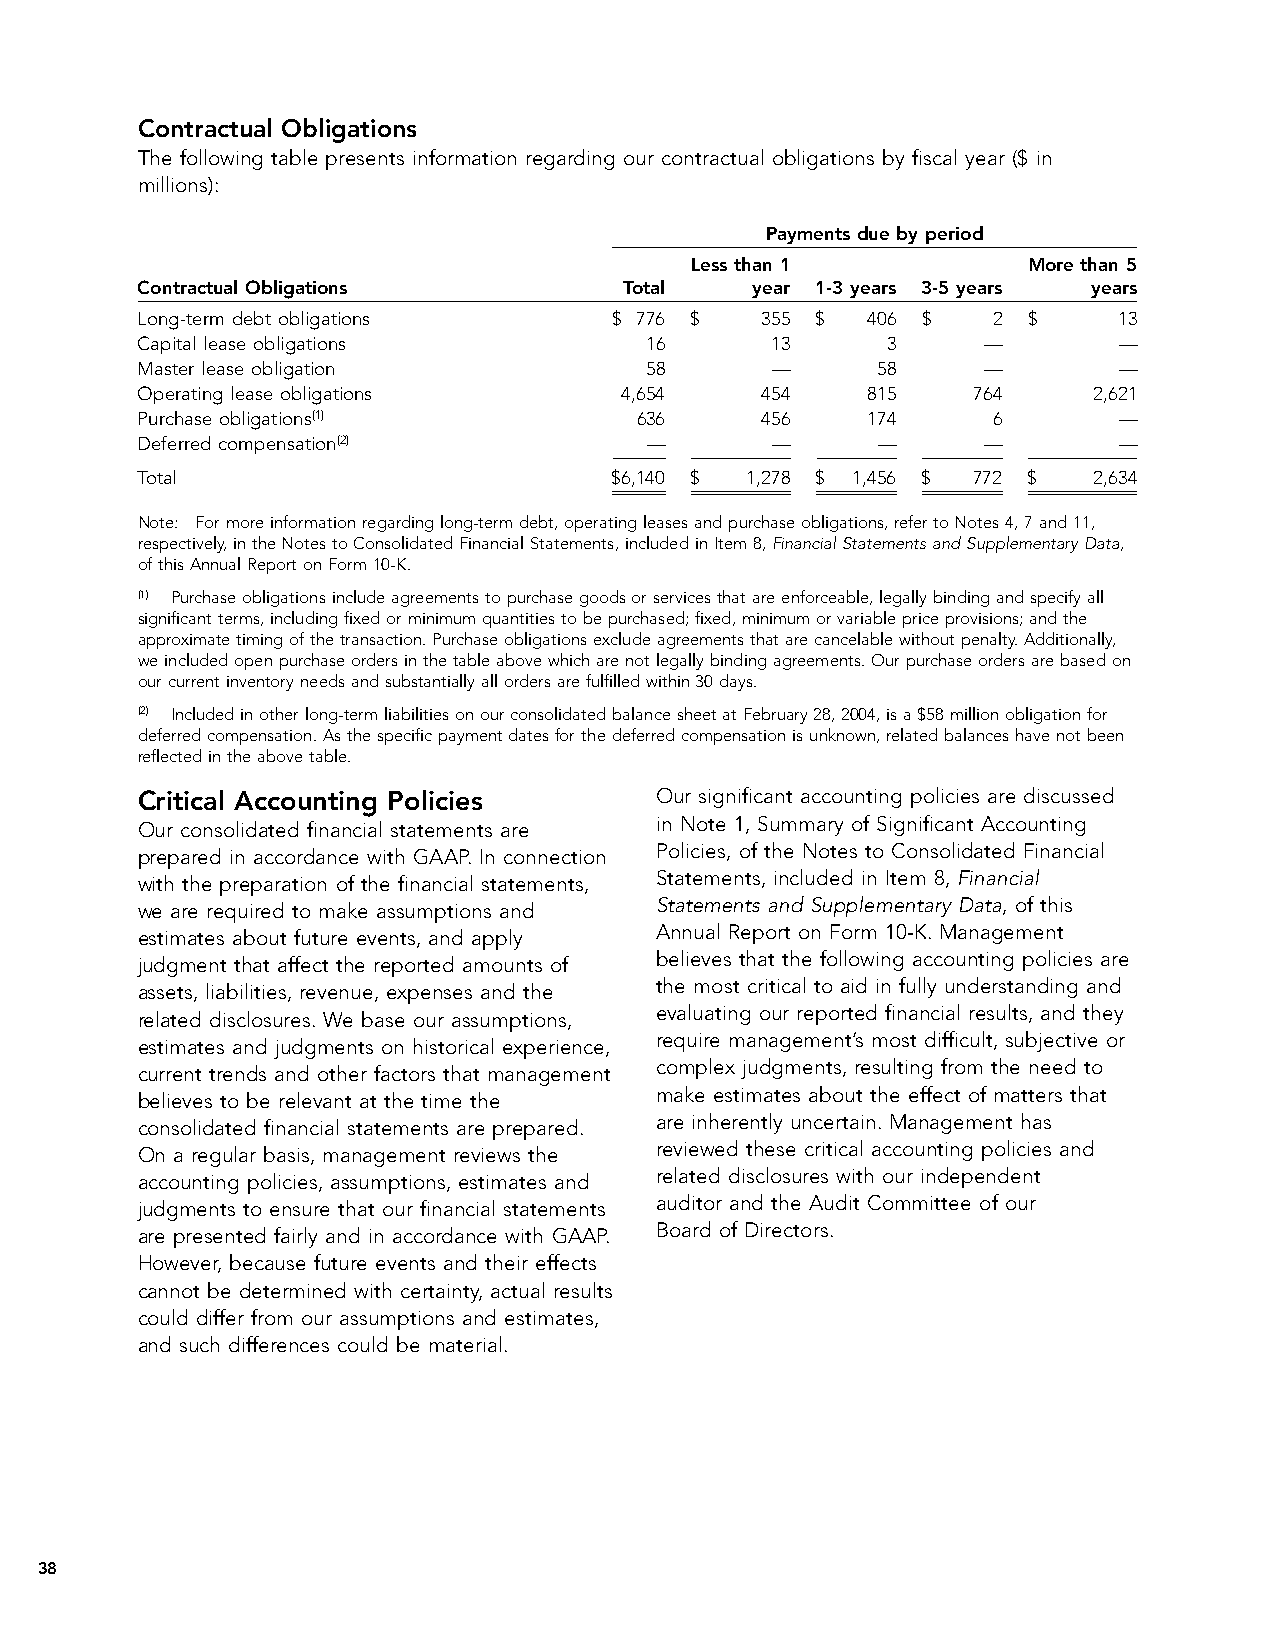
Contractual Obligations
 The following table presents information regarding our contractual obligations by fiscal year ($ in
 millions):
 Payments due by period
 Less than 1           More than 5
 Contractual Obligations         Total    year 1-3 years 3-5 years years
 Long-term debt obligations      $ 776 $  355 $  406 $    2 $     13
 Capital lease obligations         16      13      3     —        —
 Master lease obligation           58      —      58     —        —
 Operating lease obligations     4,654    454    815    764     2,621
 Purchase obligations(1)          636     456    174      6       —
 Deferred compensation(2)          —       —      —      —        —
 Total                           $6,140 $ 1,278 $ 1,456 $ 772 $ 2,634
 Note: For more information regarding long-term debt, operating leases and purchase obligations, refer to Notes 4, 7 and 11,
 respectively, in the Notes to Consolidated Financial Statements, included in Item 8, Financial Statements and Supplementary Data,
 of this Annual Report on Form 10-K.
 (1) Purchase obligations include agreements to purchase goods or services that are enforceable, legally binding and specify all
 significant terms, including fixed or minimum quantities to be purchased; fixed, minimum or variable price provisions; and the
 approximate timing of the transaction. Purchase obligations exclude agreements that are cancelable without penalty. Additionally,
 we included open purchase orders in the table above which are not legally binding agreements. Our purchase orders are based on
 our current inventory needs and substantially all orders are fulfilled within 30 days.
 (2) Included in other long-term liabilities on our consolidated balance sheet at February 28, 2004, is a $58 million obligation for
 deferred compensation. As the specific payment dates for the deferred compensation is unknown, related balances have not been
 reflected in the above table.
 Critical Accounting Policies      Our significant accounting policies are discussed
 Our consolidated financial statements are in Note 1, Summary of Significant Accounting
 prepared in accordance with GAAP. In connection Policies, of the Notes to Consolidated Financial
 with the preparation of the financial statements, Statements, included in Item 8, Financial
 we are required to make assumptions and Statements and Supplementary Data, of this
 estimates about future events, and apply Annual Report on Form 10-K. Management
 judgment that affect the reported amounts of believes that the following accounting policies are
 assets, liabilities, revenue, expenses and the the most critical to aid in fully understanding and
 related disclosures. We base our assumptions, evaluating our reported financial results, and they
 estimates and judgments on historical experience, require management’s most difficult, subjective or
 current trends and other factors that management complex judgments, resulting from the need to
 believes to be relevant at the time the make estimates about the effect of matters that
 consolidated financial statements are prepared. are inherently uncertain. Management has
 On a regular basis, management reviews the reviewed these critical accounting policies and
 accounting policies, assumptions, estimates and related disclosures with our independent
 judgments to ensure that our financial statements auditor and the Audit Committee of our
 are presented fairly and in accordance with GAAP. Board of Directors.
 However, because future events and their effects
 cannot be determined with certainty, actual results
 could differ from our assumptions and estimates,
 and such differences could be material.
 38